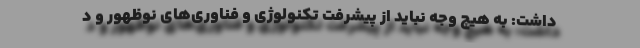
داشت: به هیچ وجه نباید از پیشرفت تکنولوژی و فناوری‌های نوظهور و د